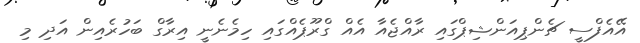
އޭއެފްސީ ޗެންޕިއަންޝިޕްގައި ރާއްޖެއާ އެއް ގްރޫޕެއްގައި ހިމެނެނީ އިރާގް ބަހުރެއިން އަދި މި